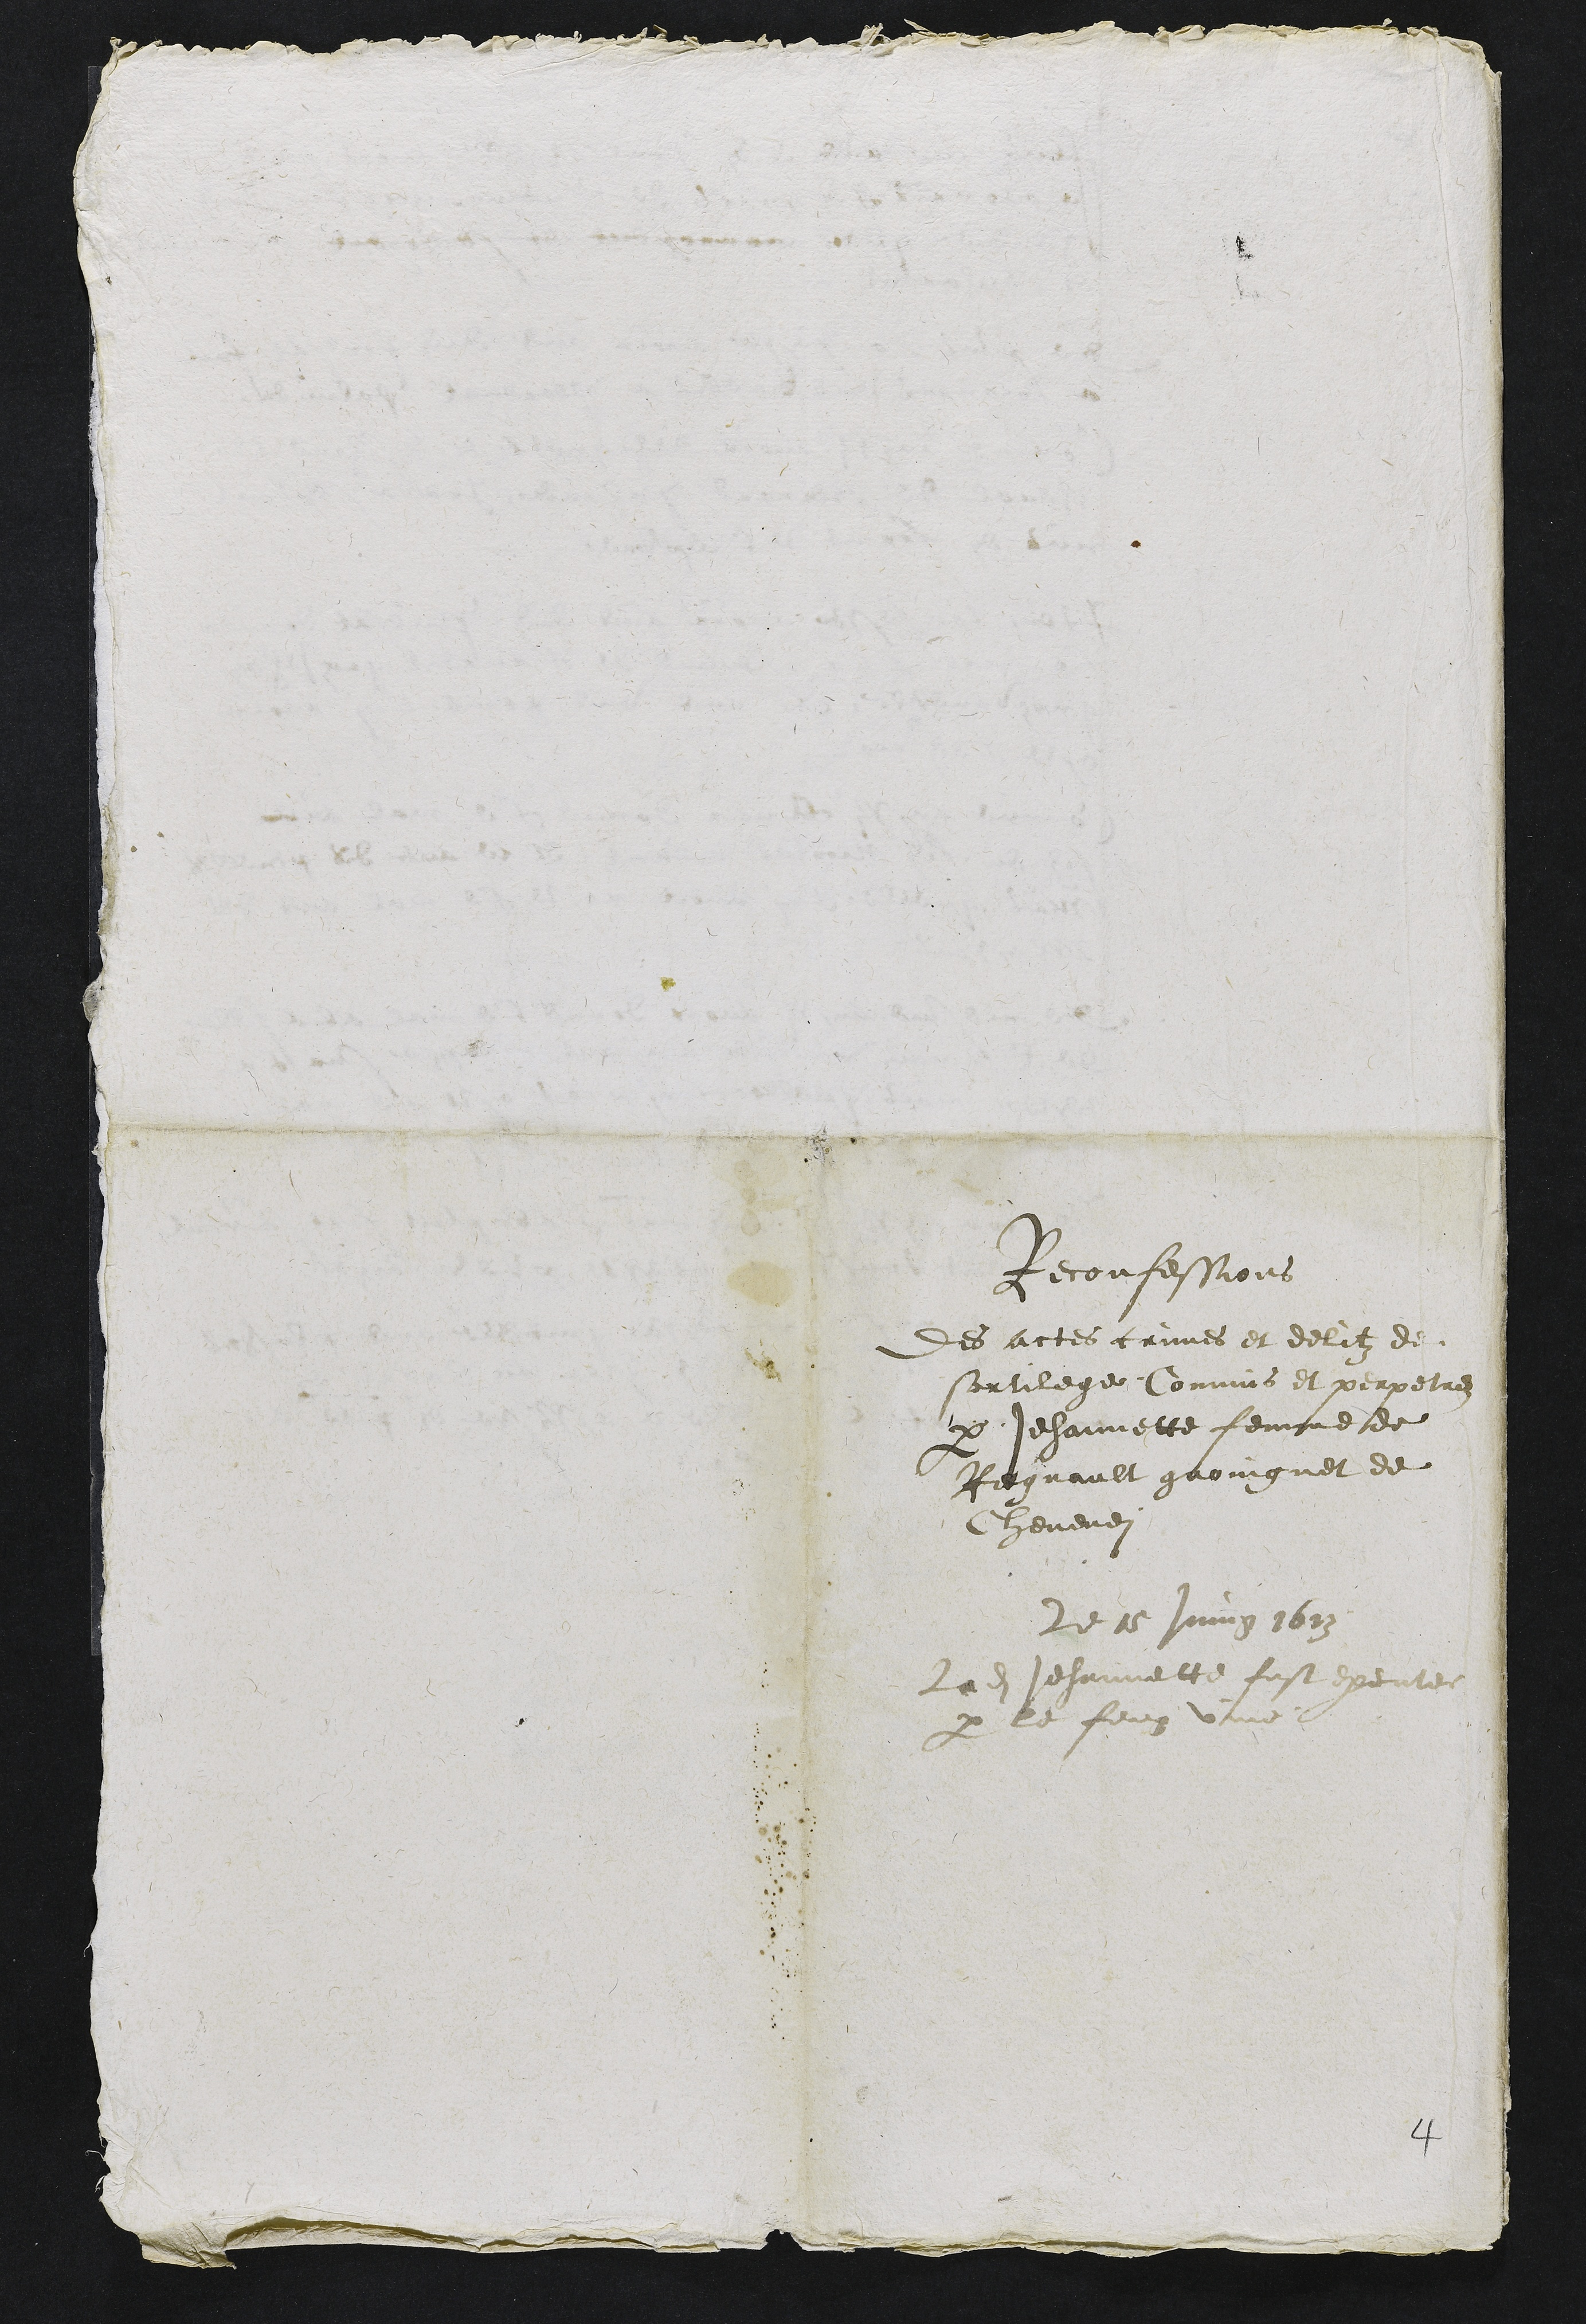
Reconfessions
Des actes crimes et delitz de
sortilege Commis et perpetres
par Jehannette femme de
Regnault groingnet de
Chevenez
Le 15 Juing 1613
Ladite Jehannette fust executee
par le feu vive